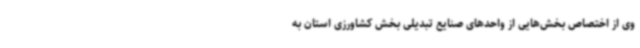
وی از اختصاص بخش‌هایی از واحدهای صنایع تبدیلی بخش کشاورزی استان به